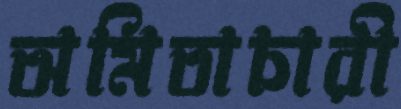
অমিতাচারী